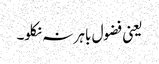
یعنی فضول باہر نہ نکلو۔